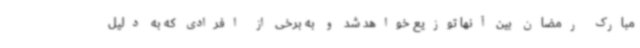
مبارک رمضان بین آنها توزیع خواهد شد و به برخی از افرادی که به دلیل